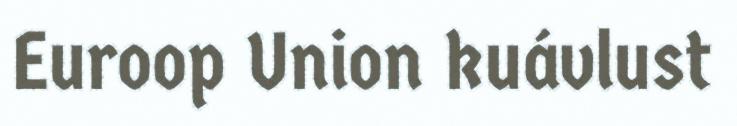
Euroop Union kuávlust